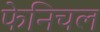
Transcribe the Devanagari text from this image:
फेनिचल